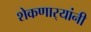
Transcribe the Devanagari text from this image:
शेकणार्‍यांनी